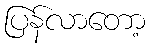
ပြန်လာတော့